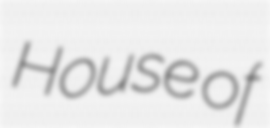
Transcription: House of